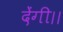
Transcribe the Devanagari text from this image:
देंगी।।